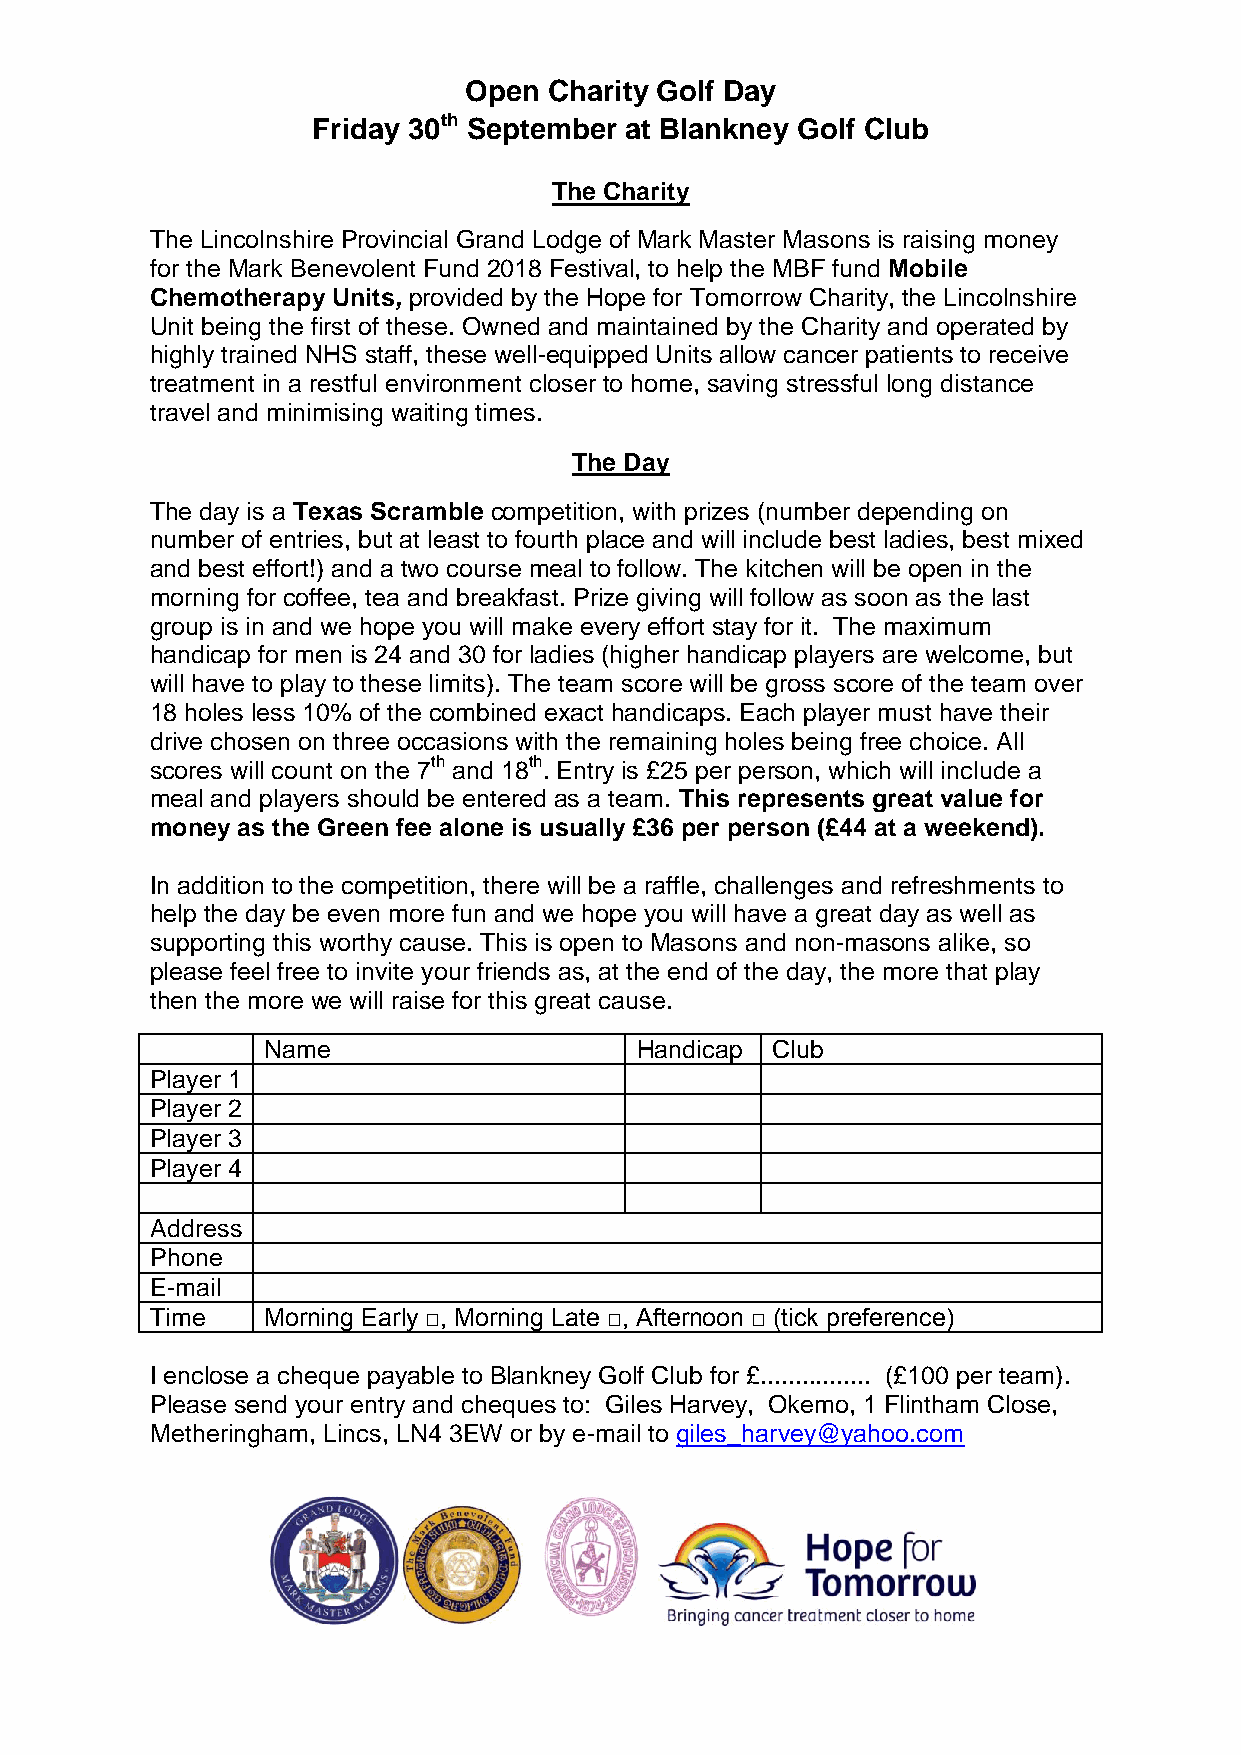
Open Charity Golf Day
 Friday 30th September at Blankney Golf Club
 The Charity
 The Lincolnshire Provincial Grand Lodge of Mark Master Masons is raising money
 for the Mark Benevolent Fund 2018 Festival, to help the MBF fund Mobile
 Chemotherapy Units, provided by the Hope for Tomorrow Charity, the Lincolnshire
 Unit being the first of these. Owned and maintained by the Charity and operated by
 highly trained NHS staff, these well-equipped Units allow cancer patients to receive
 treatment in a restful environment closer to home, saving stressful long distance
 travel and minimising waiting times.
 The Day
 The day is a Texas Scramble competition, with prizes (number depending on
 number of entries, but at least to fourth place and will include best ladies, best mixed
 and best effort!) and a two course meal to follow. The kitchen will be open in the
 morning for coffee, tea and breakfast. Prize giving will follow as soon as the last
 group is in and we hope you will make every effort stay for it. The maximum
 handicap for men is 24 and 30 for ladies (higher handicap players are welcome, but
 will have to play to these limits). The team score will be gross score of the team over
 18 holes less 10% of the combined exact handicaps. Each player must have their
 drive chosen on three occasions with the remaining holes being free choice. All
 scores will count on the 7th and 18th. Entry is £25 per person, which will include a
 meal and players should be entered as a team. This represents great value for
 money as the Green fee alone is usually £36 per person (£44 at a weekend).
 In addition to the competition, there will be a raffle, challenges and refreshments to
 help the day be even more fun and we hope you will have a great day as well as
 supporting this worthy cause. This is open to Masons and non-masons alike, so
 please feel free to invite your friends as, at the end of the day, the more that play
 then the more we will raise for this great cause.
 Name                     Handicap Club
 Player 1
 Player 2
 Player 3
 Player 4
 Address
 Phone
 E-mail
 Time   Morning Early □, Morning Late □, Afternoon □ (tick preference)
 I enclose a cheque payable to Blankney Golf Club for £................ (£100 per team).
 Please send your entry and cheques to: Giles Harvey, Okemo, 1 Flintham Close,
 Metheringham, Lincs, LN4 3EW or by e-mail to giles_harvey@yahoo.com